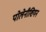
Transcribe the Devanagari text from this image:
पोलेनीशियन